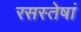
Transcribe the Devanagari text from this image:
रसस्तेषां